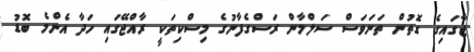
ޖާގައިގެ ގޮތުން ތަނަވަސް ސަލްމާން ރަސްގެފާނުގެ މިސްކިތަކީ ރާއްޖޭގައި ހަދާ އެންމެ ބޮޑު